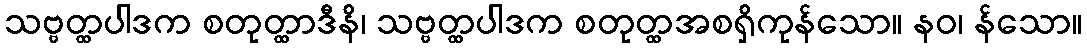
သဗ္ဗတ္ထပါဒက စတုတ္ထာဒီနိ၊ သဗ္ဗတ္ထပါဒက စတုတ္ထအစရှိကုန်သော။ နဝ၊ န်သော။